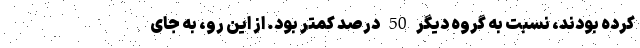
کرده بودند، نسبت به گروه دیگر 50 درصد کمتر بود. از این رو، به جای